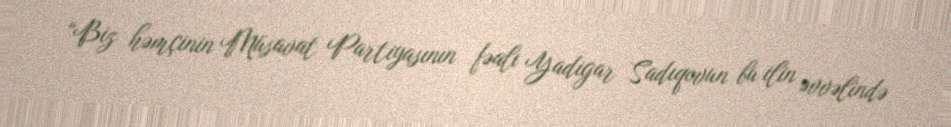
“Biz həmçinin Müsavat Partiyasının fəalı Yadigar Sadıqovun bu ilin əvvəlində